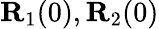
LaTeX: {\mathbf R}_{1}(0),{\mathbf R}_{2}(0)